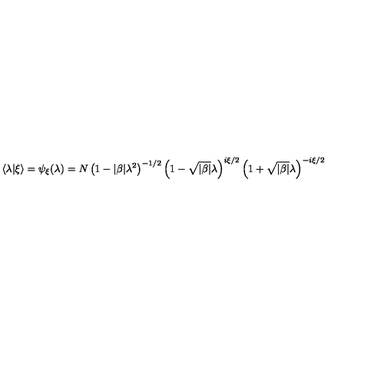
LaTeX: \langle \lambda \vert \xi \rangle = \psi _ { \xi } ( \lambda ) = N \left( 1 - \vert \beta \vert \lambda ^ { 2 } \right) ^ { - 1 / 2 } \left( 1 - \sqrt { \vert \beta \vert } \lambda \right) ^ { i \xi / 2 } \left( 1 + \sqrt { \vert \beta \vert } \lambda \right) ^ { - i \xi / 2 }